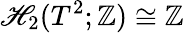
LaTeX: \mathscr{H}_{2}(T^{2};\mathbb{{Z}})\cong\mathbb{{Z}}